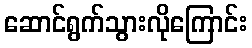
ဆောင်ရွက်သွားလိုကြောင်း